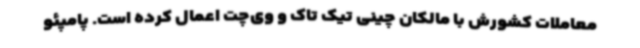
معاملات کشورش با مالکان چینی تیک تاک و وی‌چت اعمال کرده است. پامپئو